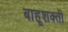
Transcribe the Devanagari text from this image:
बाहूशक्ती